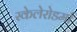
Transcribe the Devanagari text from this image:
स्केलेरोडर्मा